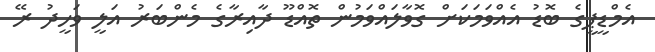
އެމްޑީޕީގެ ބޮޑު އެއްވަމަކަށް ގޮވާލައްވަމުން ތޮއްޑޫ ދާއިރާގެ މެންބަރު އަލީ ވަހީދު ރޭ